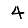
Digit: 4